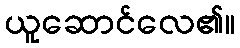
ယူဆောင်လေ၏။